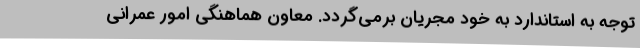
توجه به استاندارد به خود مجریان برمی‌گردد. معاون هماهنگی امور عمرانی